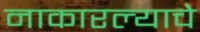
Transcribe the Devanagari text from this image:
नाकारल्याचे